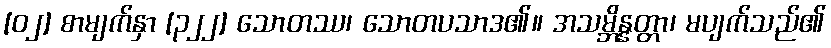
[၀၂] စာမျက်နှာ [၃၂၂] သောတဿ၊ သောတပသာဒ၏။ အသမ္ဘိန္နတ္တာ၊ မပျက်သည်၏